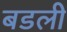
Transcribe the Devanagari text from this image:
बडली